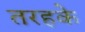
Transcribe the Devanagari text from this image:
तरहके